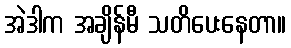
အဲဒါက အချိန်မီ သတိပေးနေတာ။